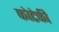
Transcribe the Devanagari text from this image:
कोटेकी